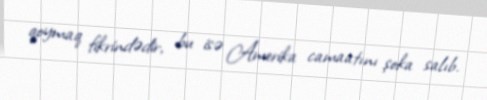
qoymaq fikrindədir, bu isə Amerika camaatını şoka salıb.